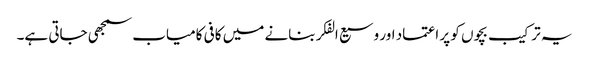
یہ ترکیب بچوں کو پر اعتماد اور وسیع الفکر بنانے میں کافی کامیاب سمجھی جاتی ہے۔